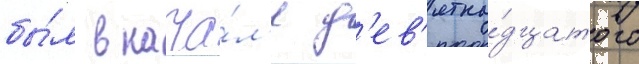
бы́л в нача́л'е д'ев'ятна́дцатого